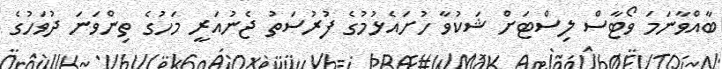
ބާއްވާނަމަ ވޯޓާސް ލިސްޓަށް ޝަކުވާ ހުށައެޅުމުގެ ފުރުސަތު ޖެނުއަރީ މަހުގެ ތިންވަނަ ދުވަހުގެ